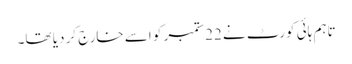
تاہم ہائی کورٹ نے 22ستمبر کو اسے خارج کر دیا تھا۔